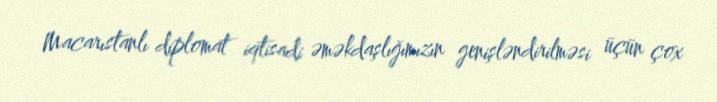
Macarıstanlı diplomat iqtisadi əməkdaşlığımızın genişləndirilməsi üçün çox